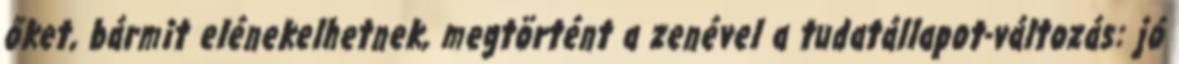
őket, bármit elénekelhetnek, megtörtént a zenével a tudat­állapot-változás: jó